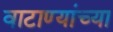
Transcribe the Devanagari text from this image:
वाटाण्यांच्या